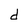
Character: d